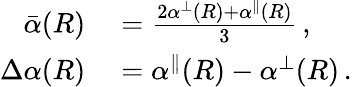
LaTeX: \begin{array}{rl}{\bar{\alpha}(R)}&{{}=\frac{2\alpha^{\perp}(R)+\alpha^{\parallel}(R)}{3}\, ,}\\ {\Delta\alpha(R)}&{{}=\alpha^{\parallel}(R)-\alpha^{\perp}(R)\, .}\end{array}